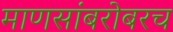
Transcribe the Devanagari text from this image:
माणसांबरोबरच